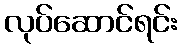
လုပ်ဆောင်ရင်း